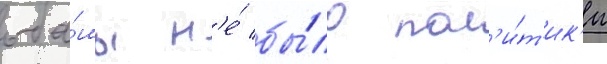
оба́мы н'е́ бы́ло пол'и́т'ик'и